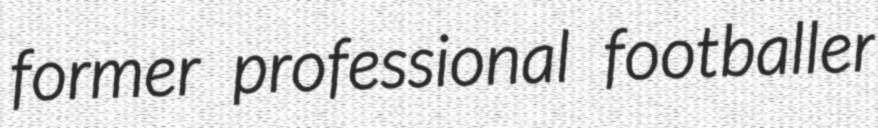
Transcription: former professional footballer